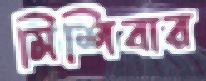
মিশিবার